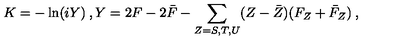
K = - \ln ( i Y ) \: , Y = 2 F - 2 \bar { F } - { \sum _ { Z = S , T , U } } ( Z - \bar { Z } ) ( F _ { Z } + \bar { F } _ { Z } ) \: ,